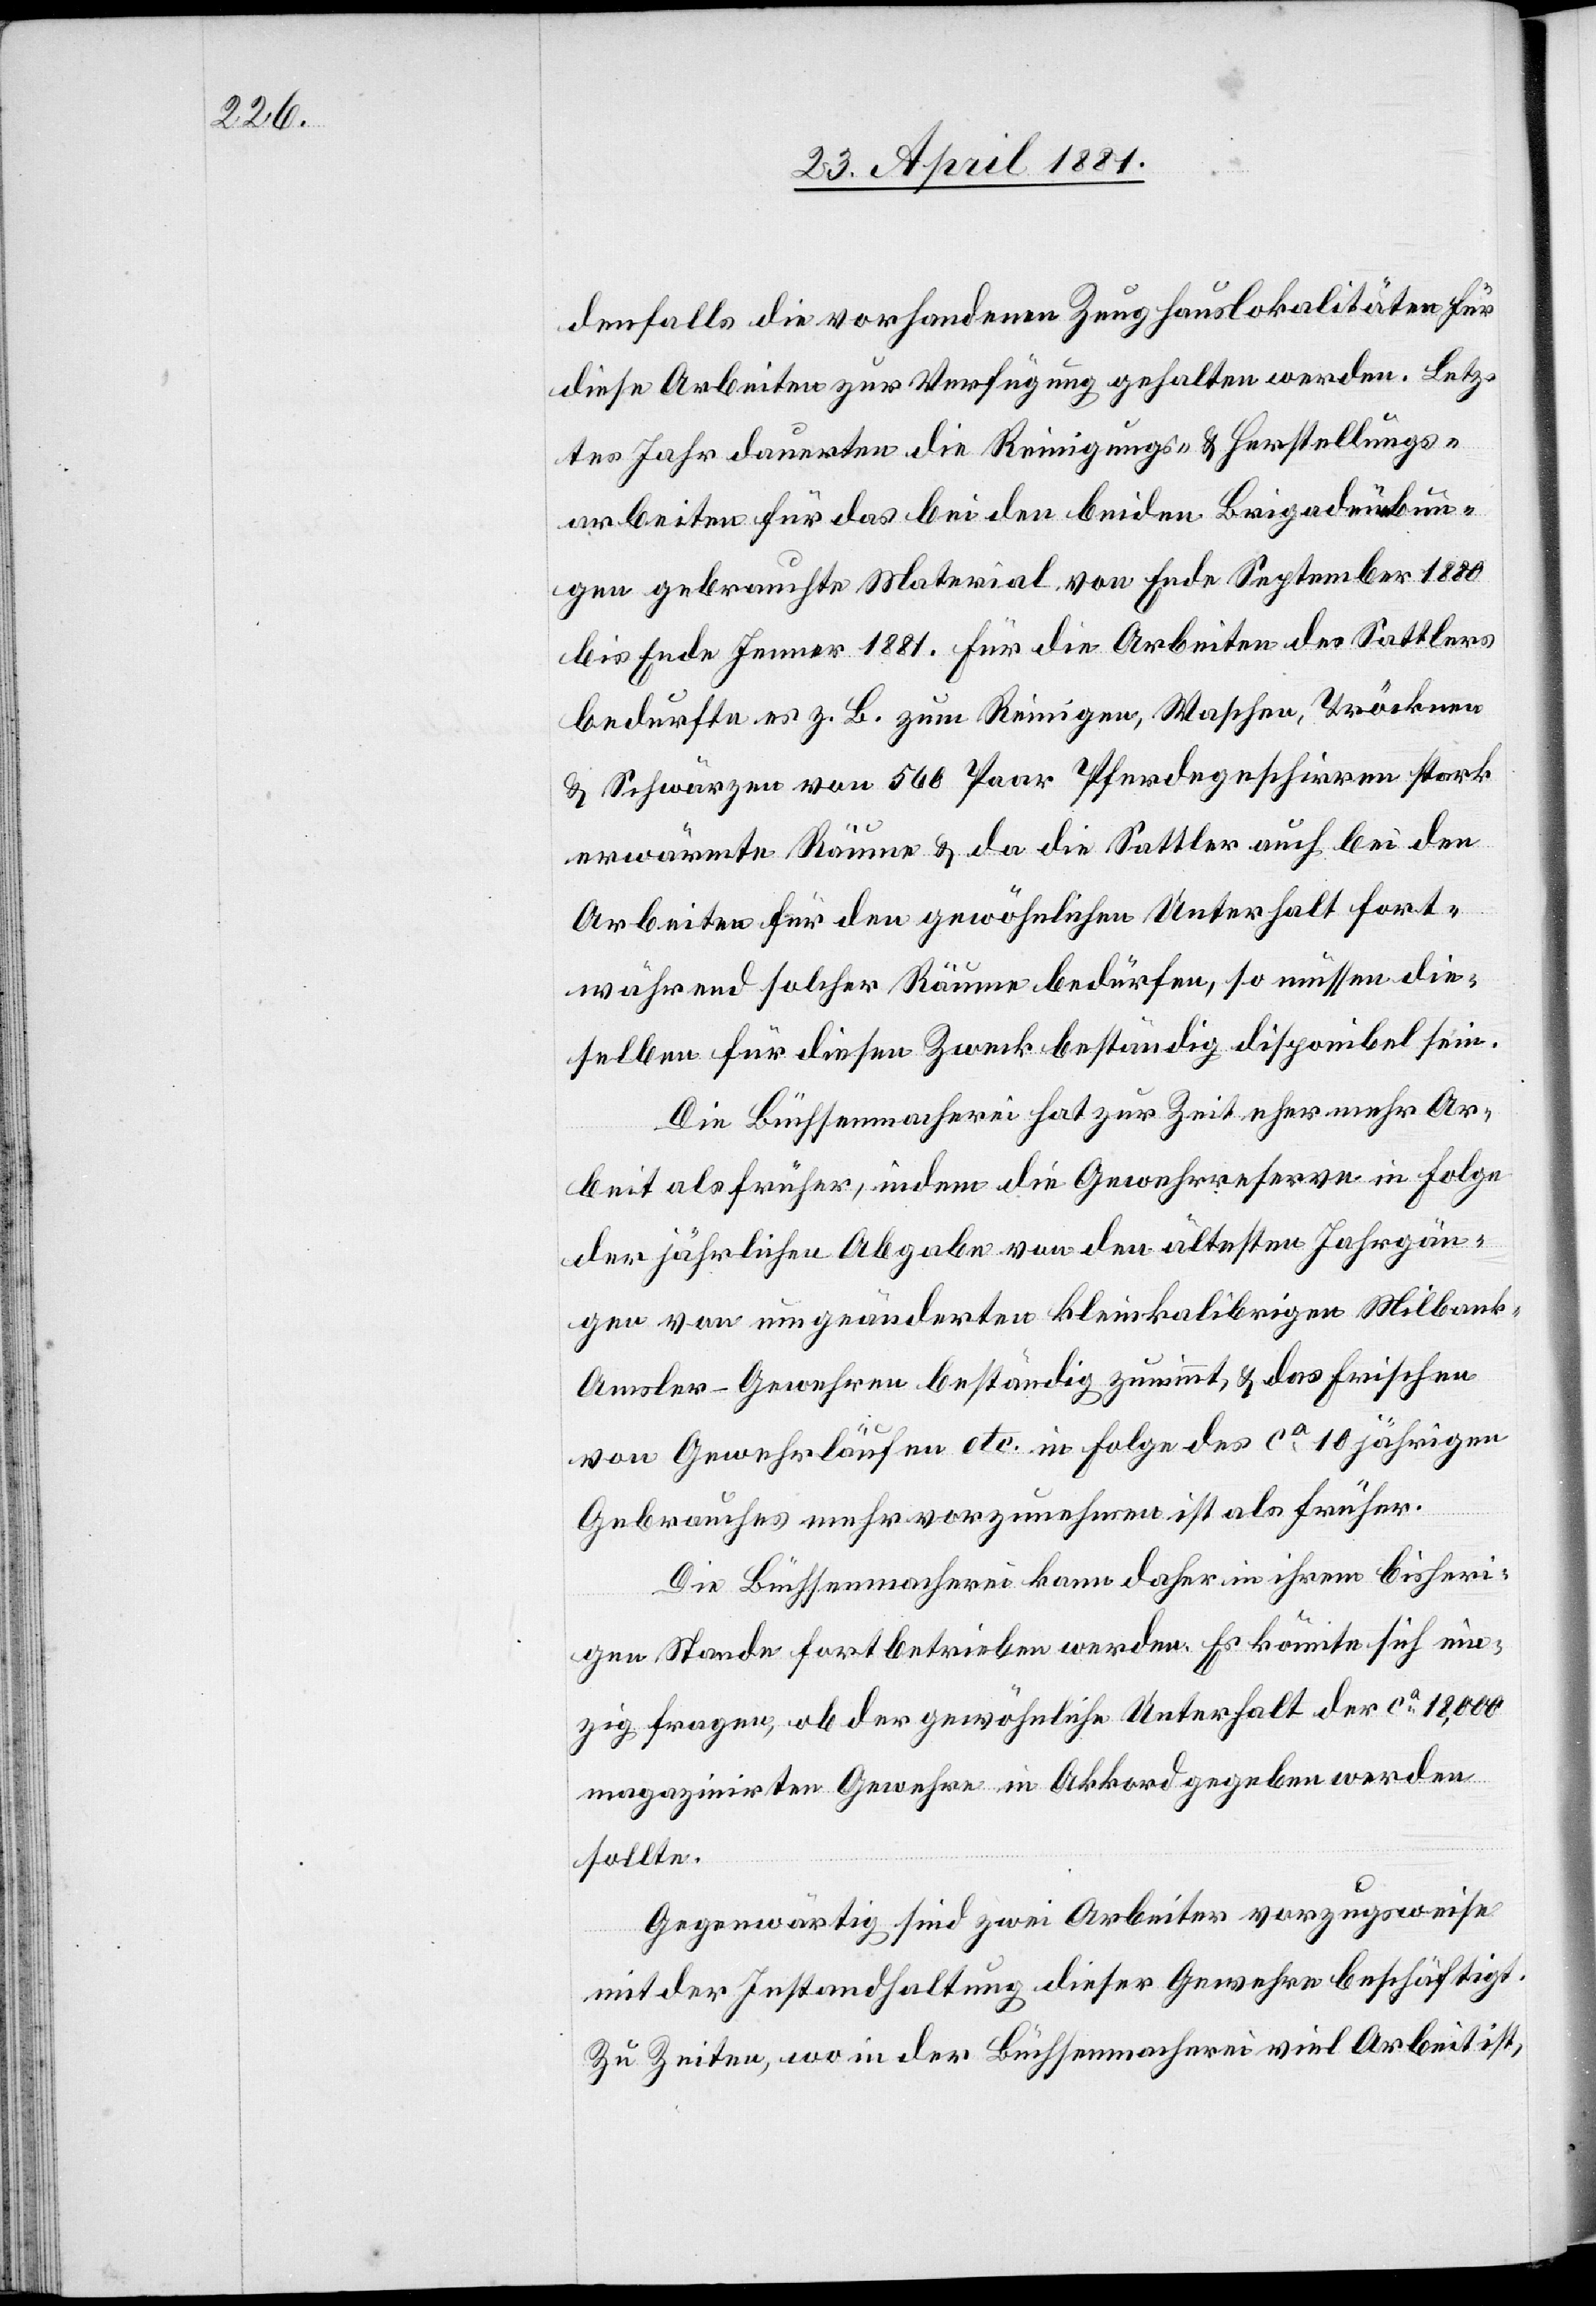
denfalls die vorhandenen Zeughauslokalitäten für
diese Arbeiten zur Verfügung gehalten werden. Letz¬
tes Jahr dauerten die Reinigung- & Herstellungs¬
arbeiten für das bei den beiden Brigadeübun¬
gen gebrauchte Material von Ende September 1880
bis Ende Jenner 1881. Für die Arbeiten des Sattlers
bedurfte es z. B. zum Reinigen, Waschen, Trocknen
& Schwärzen von 560 Paar Pferdegeschirren stark
erwärmte Räume & da die Sattler auch bei den
Arbeiten für den gewöhnlichen Unterhalt fort¬
während solcher Räume bedürfen, so müssen die¬
selben für diesen Zweck beständig disponibel sein.
Die Büchsenmacherei hat zur Zeit eher mehr Ar¬
beit als früher, indem die Gewehrreserve in Folge
der jährlichen Abgabe von den ältesten Jahrgän¬
gen von umgeänderten kleinkalibrigen Milbank-A¬
msler-Gewehren beständig zunimmt, & das Frischen
von Gewehrläufen etc. in Folge des ca 10 jährigen
Gebrauches mehr vorzunehmen ist als früher.
Die Büchsenmacherei kann daher in ihrem bisheri¬
gen Stande fortbetrieben werden. Es könnte sich ein¬
zig fragen, ob der gewöhnliche Unterhalt der ca 18,000
magazinirten Gewehre in Akkord gegeben werden
sollte.
Gegenwärtig sind zwei Arbeiter vorzugsweise
mit der Instandhaltung dieser Gewehre beschäftigt.
Zu Zeiten, wo in der Büchsenmacherei viel Arbeit ist,